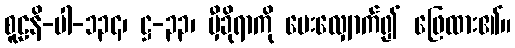
စူဠနိ-ပါ-၁၃၄၊ ဋ္ဌ-၃၃၊ မှီခိုရာကို မေးလျှောက်၍ ဖြေထား၏။